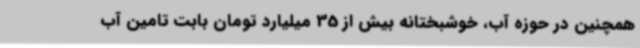
همچنین در حوزه آب، خوشبختانه بیش از 35 میلیارد تومان بابت تامین آب